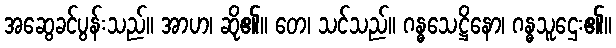
အဆွေခင်ပွန်းသည်။ အာဟ၊ ဆို၏။ တေ၊ သင်သည်။ ဂန္ဓသေဋ္ဌိနော၊ ဂန္ဓသူဌေး၏။